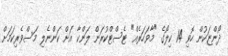
ދޯންޏަކުން ހޮވި 14 ކިލޯގެ "މާވަހަރެއް" ޓެސްޓްކުރަން ލަންކާ އަށް ކަންނެލި މަސްވެރިކަމަށް